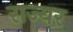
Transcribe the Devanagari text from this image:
राज्यर